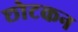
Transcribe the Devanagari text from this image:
छोटकन